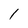
Character: 1